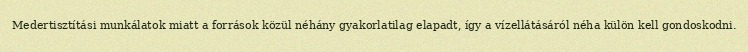
Medertisztítási munkálatok miatt a források közül néhány gyakorlatilag elapadt, így a vízellátásáról néha külön kell gondoskodni.